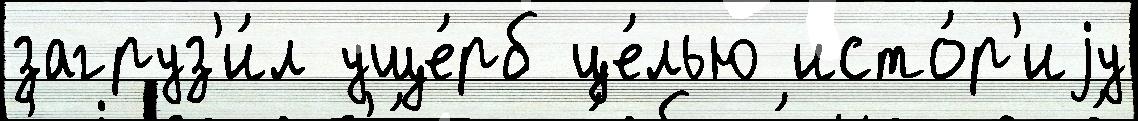
загруз'и́л уще́рб це́лью исто́р'иjу